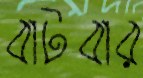
বাটবার